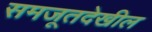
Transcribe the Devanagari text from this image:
समजूतदेखील